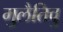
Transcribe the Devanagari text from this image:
मुलैतिवु